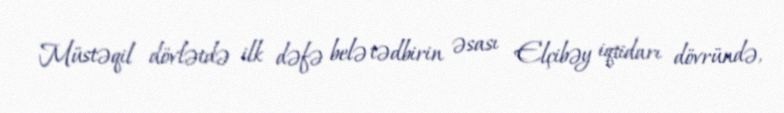
Müstəqil dövlətdə ilk dəfə belə tədbirin əsası Elçibəy iqtidarı dövründə,